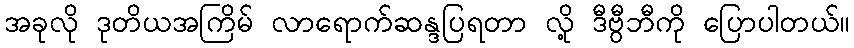
အခုလို ဒုတိယအကြိမ် လာရောက်ဆန္ဒပြရတာ လို့ ဒီဗွီဘီကို ပြောပါတယ်။